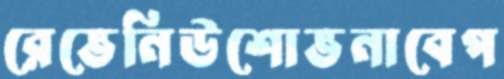
রেভেনিউশোভনাবেপ